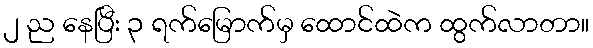
၂ ည နေပြီး ၃ ရက်မြောက်မှ ထောင်ထဲက ထွက်လာတာ။